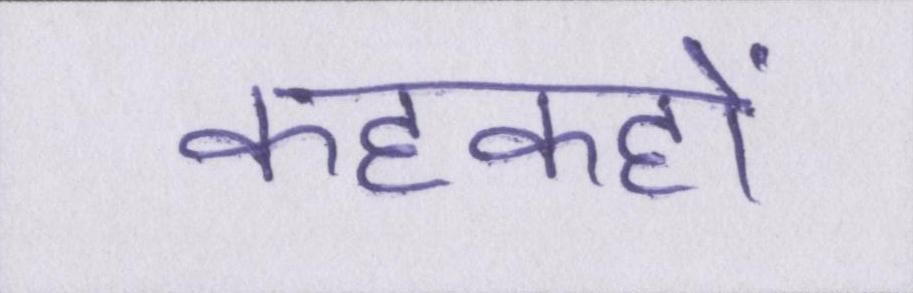
कहकहों